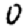
Digit: 0